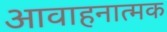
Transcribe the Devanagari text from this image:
आवाहनात्मक